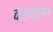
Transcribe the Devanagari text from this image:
कापतात